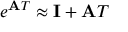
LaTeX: e ^ { \mathbf { A } T } \approx \mathbf { I } + \mathbf { A } T